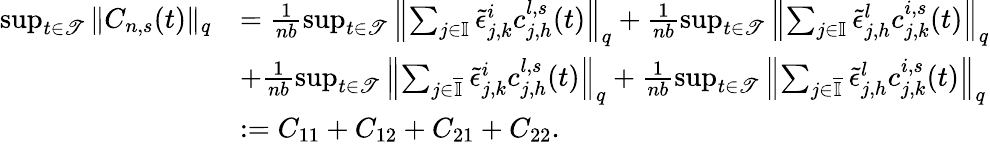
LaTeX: \begin{array}{rl}{\operatorname*{sup}_{t\in\mathscr{T}}\| C_{n,s}(t)\| _{q}}&{=\frac{1}{nb}\operatorname*{sup}_{t\in\mathscr{T}}\left\| \sum_{j\in\mathbb{I}}\tilde{\epsilon}_{j,k}^{i}c_{j,h}^{l,s}(t)\right\| _{q}+\frac{1}{nb}\operatorname*{sup}_{t\in\mathscr{T}}\left\| \sum_{j\in\mathbb{I}}\tilde{\epsilon}_{j,h}^{l}c_{j,k}^{i,s}(t)\right\| _{q}}\\ &{+\frac{1}{nb}\operatorname*{sup}_{t\in\mathscr{T}}\left\| \sum_{j\in\overline{{\mathbb{I}}}}\tilde{\epsilon}_{j,k}^{i}c_{j,h}^{l,s}(t)\right\| _{q}+\frac{1}{nb}\operatorname*{sup}_{t\in\mathscr{T}}\left\| \sum_{j\in\overline{{\mathbb{I}}}}\tilde{\epsilon}_{j,h}^{l}c_{j,k}^{i,s}(t)\right\| _{q}}\\ &{:=C_{11}+C_{12}+C_{21}+C_{22}.}\end{array}